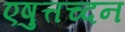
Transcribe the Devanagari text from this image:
एषुत्तच्दन